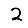
Digit: 2